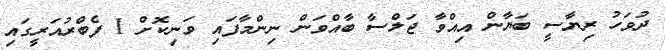
ދުވަހު ރިޔާސީ ބަޔާން އިއްވާ ޖަލްސާ ބާއްވަން ނިންމާފައި ވަނިކޮށް 1 ފެބްރުއަރީގައި